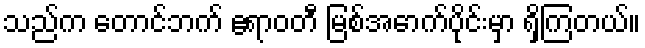
သည်က တောင်ဘက် ဧရာဝတီ မြစ်အောက်ပိုင်းမှာ ရှိကြတယ်။